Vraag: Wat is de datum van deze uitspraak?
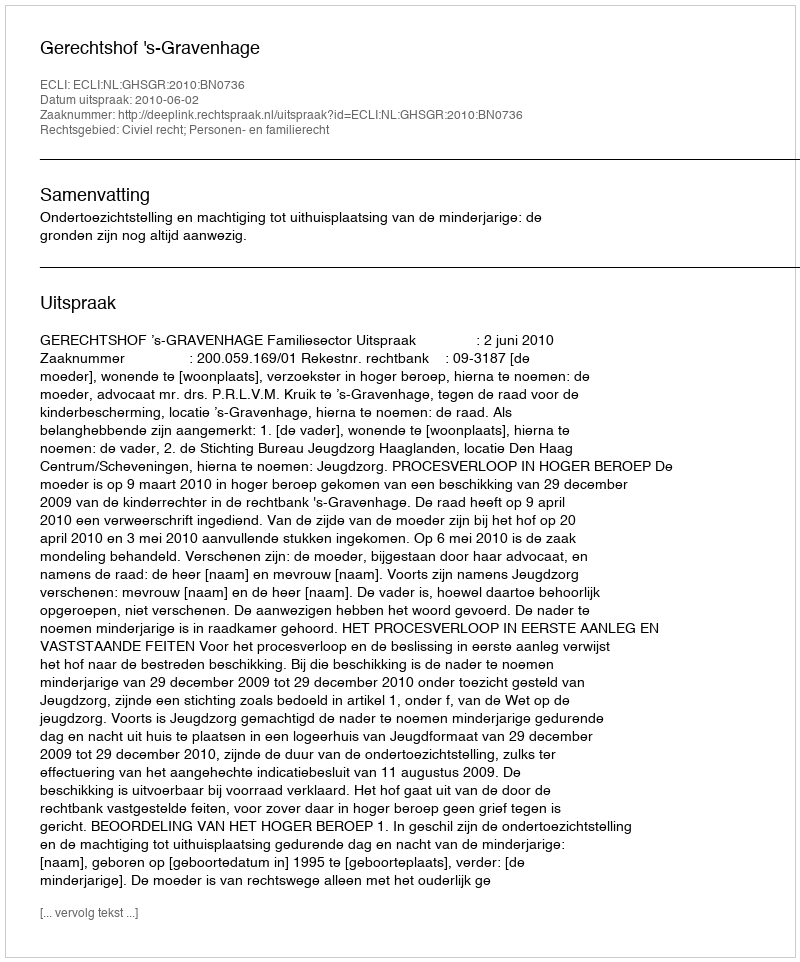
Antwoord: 2010-06-02